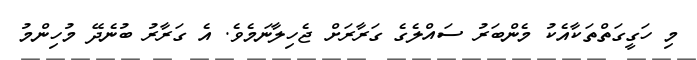
މި ހަގީގަތްތަކާއެކު މެންބަރު ސައްލެގެ ގަރާރަށް ޖެހިލާނަމެވެ. އެ ގަރާރު ބުނެދޭ މުހިންމު